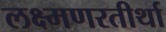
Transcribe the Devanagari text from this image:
लक्ष्मणरतीर्था